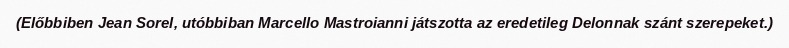
(Előbbiben Jean Sorel, utóbbiban Marcello Mastroianni játszotta az eredetileg Delonnak szánt szerepeket.)